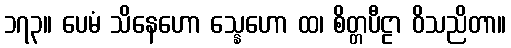
၁၇၃။ ပေမံ သိနေဟော သ္နေဟော ထ၊ စိတ္တပီဠာ ဝိသညိတာ။